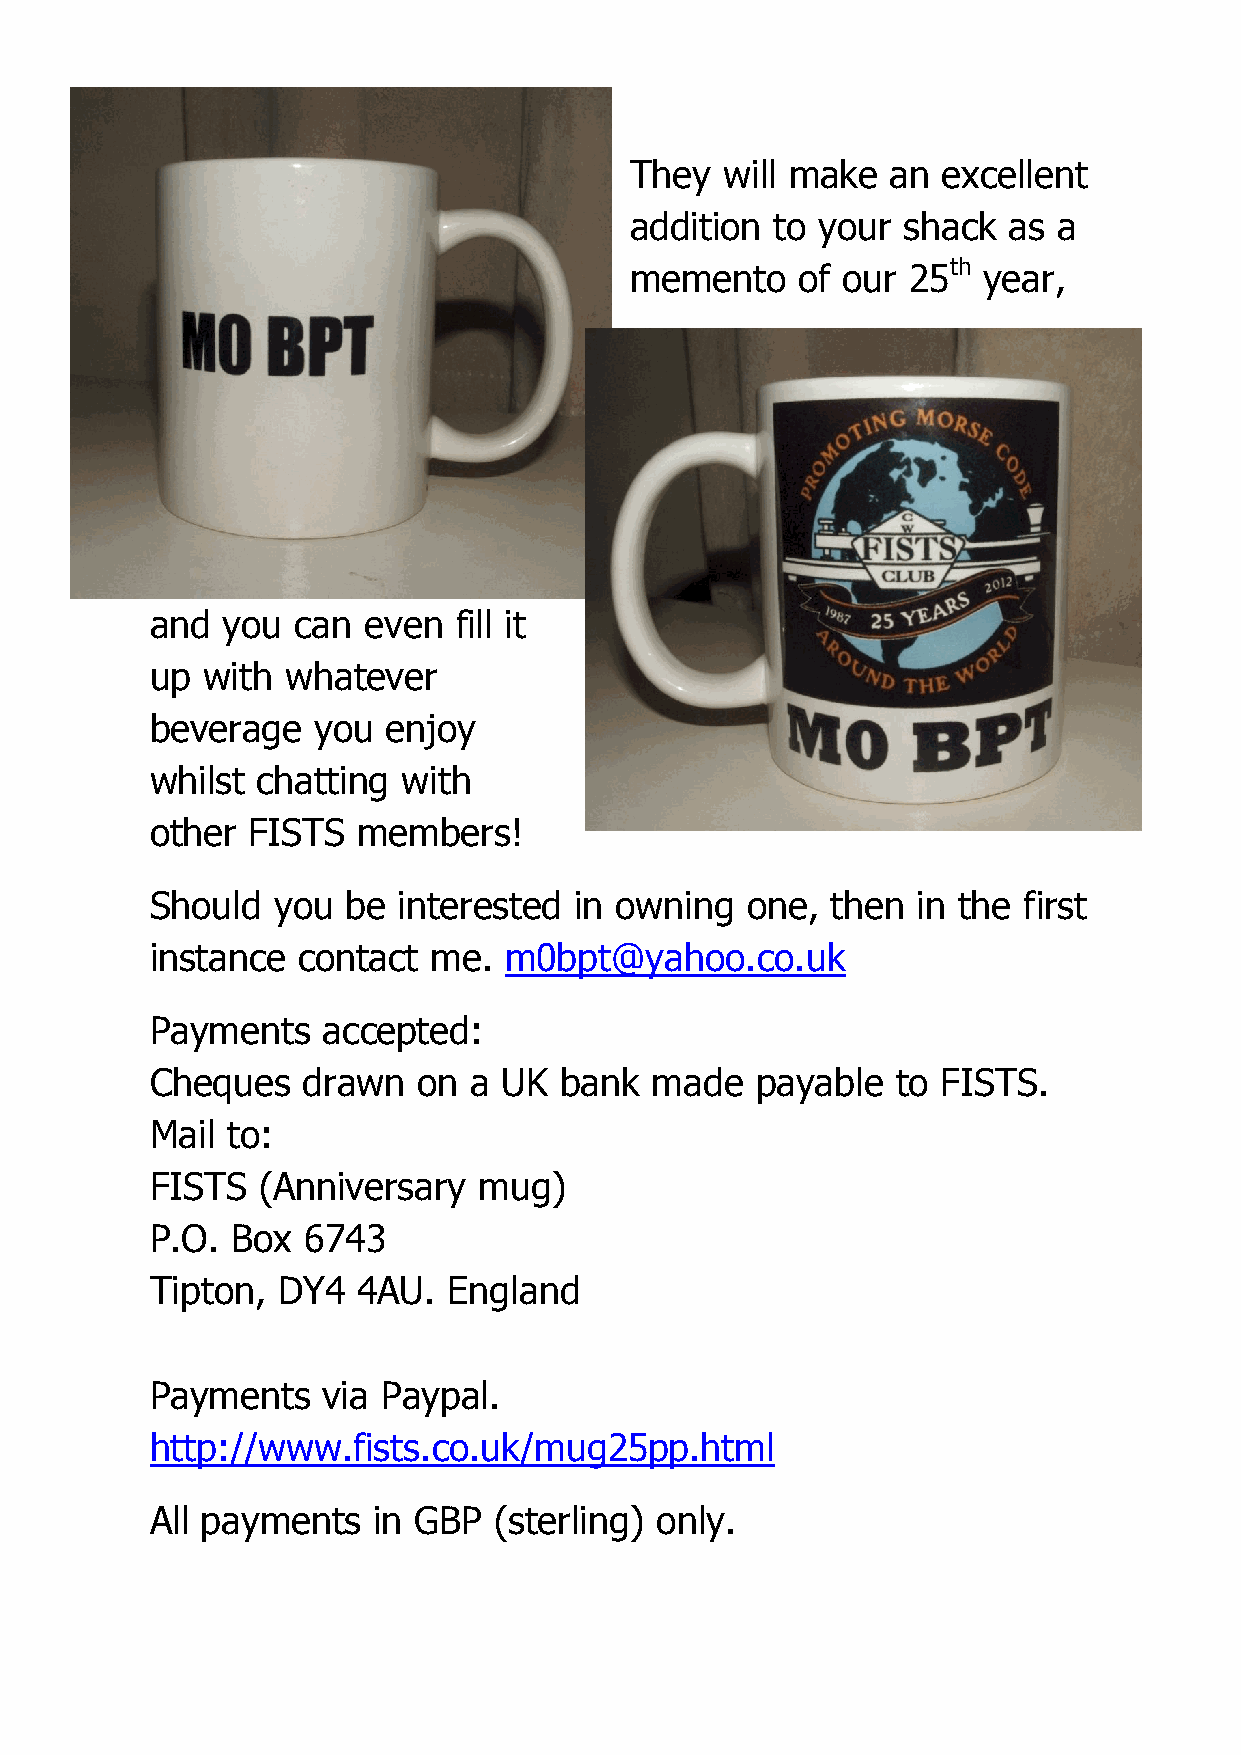
They  will make  an excellent
 addition to your  shack  as a
 memento    of our 25th year,
 and  you  can even  fill it
 up with  whatever
 beverage   you  enjoy
 whilst chatting  with
 other FISTS   members!
 Should  you  be interested  in owning  one,  then  in the first
 instance  contact me.  m0bpt@yahoo.co.uk
 Payments   accepted:
 Cheques   drawn   on a UK  bank  made   payable  to FISTS.
 Mail to:
 FISTS  (Anniversary   mug)
 P.O. Box  6743
 Tipton, DY4   4AU.  England
 Payments   via Paypal.
 http://www.fists.co.uk/mug25pp.html
 All payments   in GBP  (sterling) only.